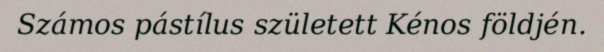
Számos pástílus született Kénos földjén.